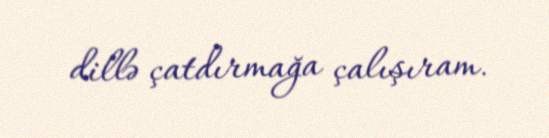
dillə çatdırmağa çalışıram.